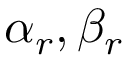
\alpha _ { r } , \beta _ { r }